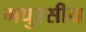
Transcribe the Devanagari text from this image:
मधुरसीय